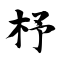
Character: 杼